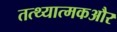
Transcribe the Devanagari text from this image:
तत्थ्यात्मकऔर